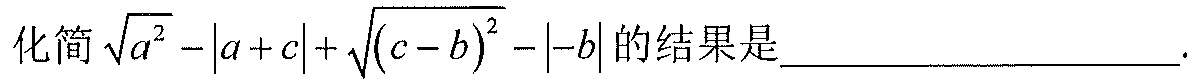
化简\(\sqrt{a^{2}}-\vert a + c\vert+\sqrt{(c - b)^{2}}-\vert - b\vert\)的结果是_________________.